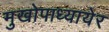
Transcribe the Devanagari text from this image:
मुखोपाध्यायेर